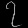
Digit: ၇